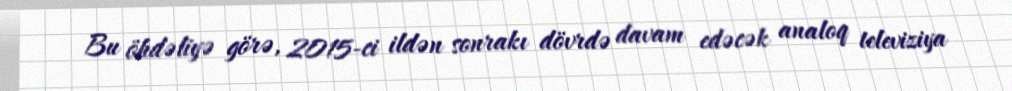
Bu öhdəliyə görə, 2015-ci ildən sonrakı dövrdə davam edəcək analoq televiziya